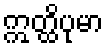
ဣတ္ထိပုမာ